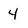
Character: 4